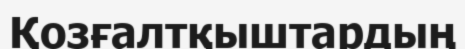
Қозғалтқыштардың